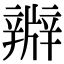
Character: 㸤